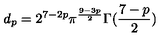
d _ { p } = 2 ^ { 7 - 2 p } \pi ^ { \frac { 9 - 3 p } { 2 } } \Gamma ( \frac { 7 - p } { 2 } )